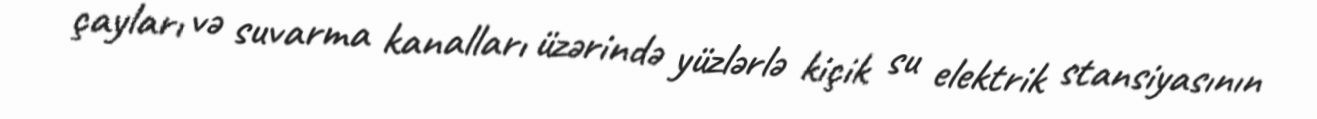
çayları və suvarma kanalları üzərində yüzlərlə kiçik su elektrik stansiyasının